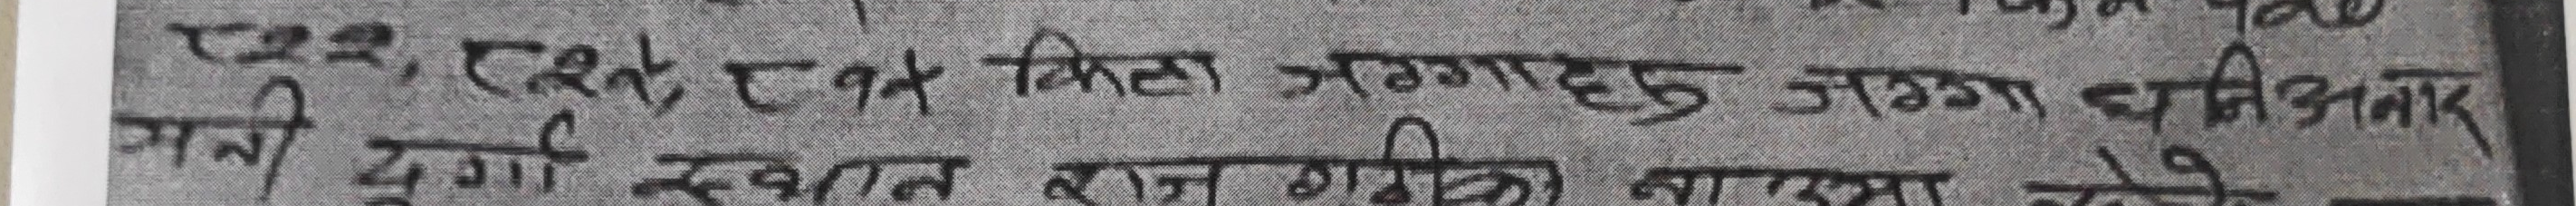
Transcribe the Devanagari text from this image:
१२३, एकै एक किला जग्गा दु जग्ग धार्मिकार